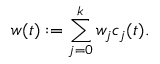
w ( t ) : = \sum _ { j = 0 } ^ { k } w _ { j } c _ { j } ( t ) .